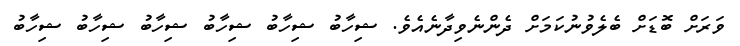
ވަރަށް ބޮޑަށް ބެލެވުނުކަމަށް ދެންނެވިދާނެއެވެ. ޝިހާބު ޝިހާބު ޝިހާބު ޝިހާބު ޝިހާބު ޝިހާބު